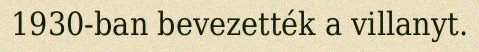
1930-ban bevezették a villanyt.